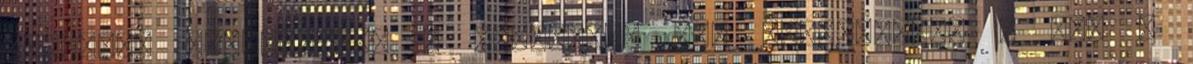
sikerült kicsikarnom a tettemmel egy pillantást. - Ezt a